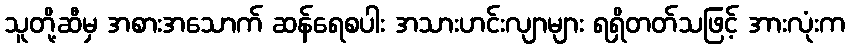
သူတို့ဆီမှ အစားအသောက် ဆန်ရေစပါး အသားဟင်းလျာများ ရရှိတတ်သဖြင့် အားလုံးက